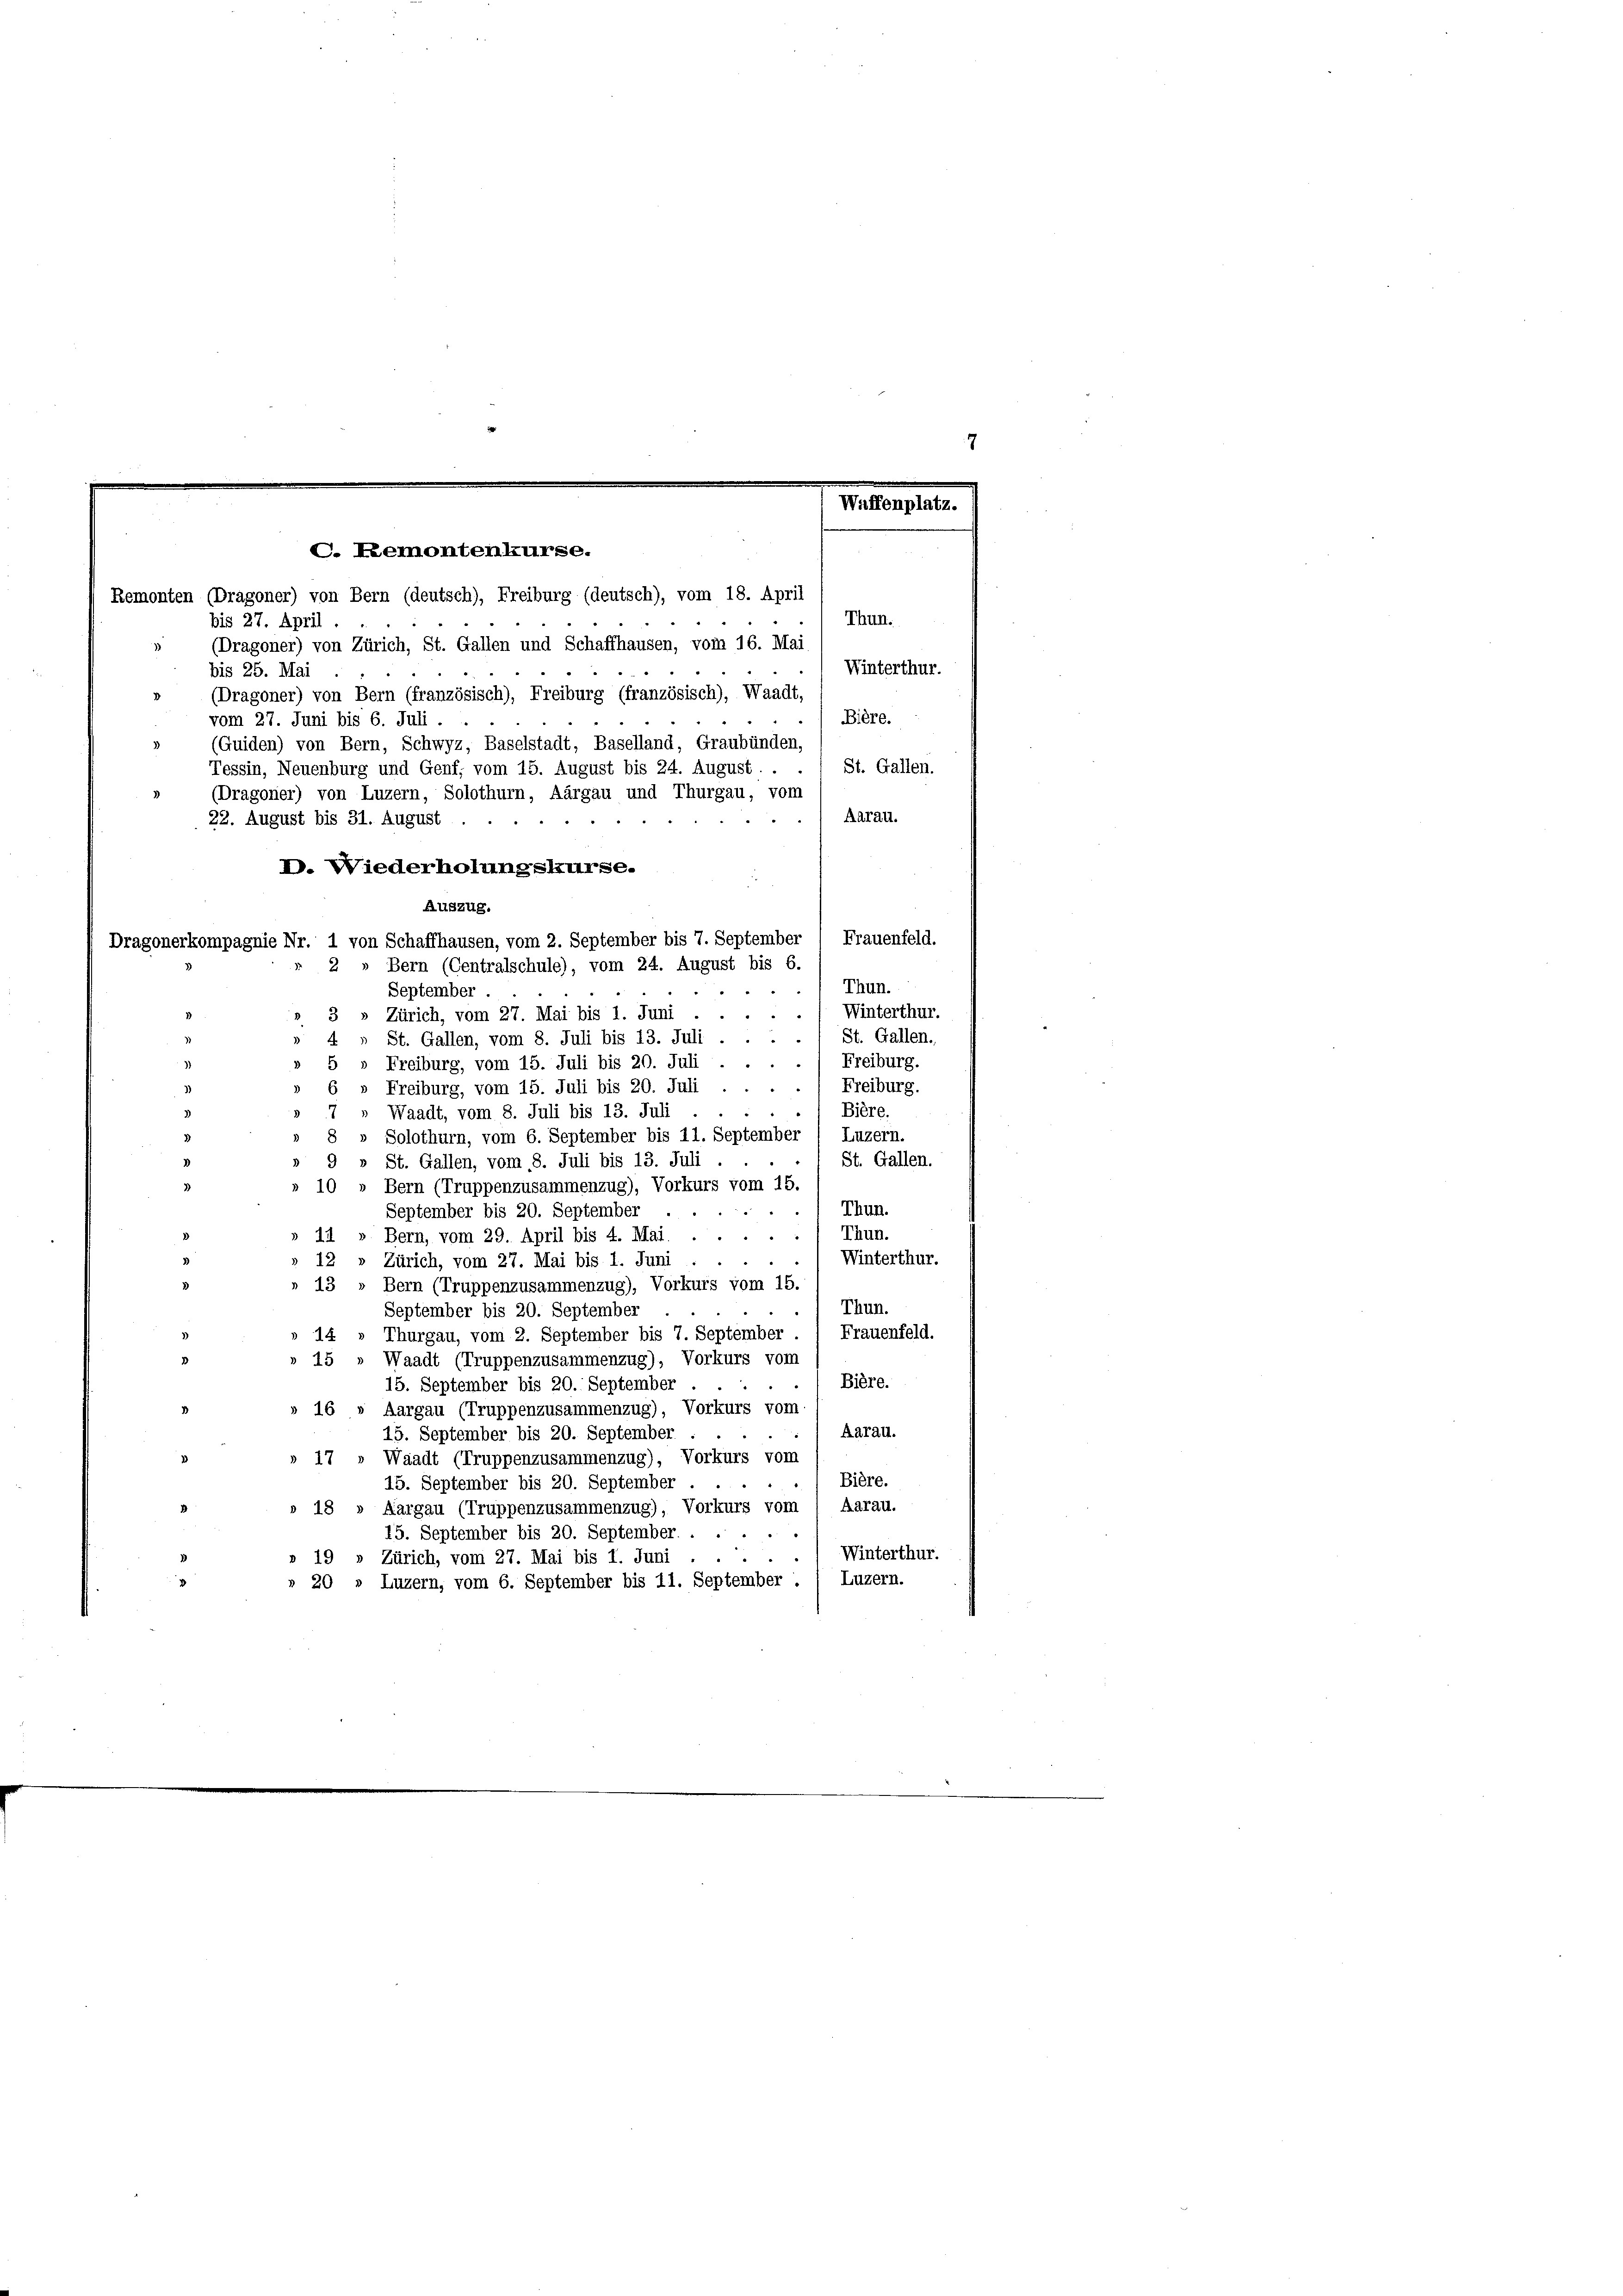
C. Lemontenkurse.

Remonten (Dragoner) von Bern (deutsch), Freiburg (deutsch), vom 18. April
Thun.
bis 27. April
(Dragoner) von Zürich, St. Gallen und Schaffhausen, vom 16. Mai
Winterthur.
bis 25. Mai
(Dragoner) von Bern (französisch), Freiburg (französisch), Waadt,
Bière.
vom 27. Juni bis 6. Juli.
(Guiden) von Bern, Schwyz, Baselstadt, Baselland, Graubünden,
St. Gallen.
Tessin, Neuenburg und Genf, vom 15. August bis 24. August.
(Dragoner) von Luzern, Solothurn, Aargau und Thurgau, vom
Aarau.
22. August bis 31. August
D. Wiederholungskurse.
Auszug.
Frauenfeld.
Dragonerkompagnie Nr. 1 von Schaffhausen, vom 2. September bis 7. September
 2 » Bern (Centralschule), vom 24. August bis 6.
Thun.
.
September.
Winterthur.
3
3 » Zürich, vom 27. Mai bis 1. Juni
1 St. Gallen.
4
St. Gallen, vom 8. Juli bis 13. Juli
Freiburg.
5 » Freiburg, vom 15. Juli bis 20. Juli
Freiburg.
i
6 » Freiburg, vom 15. Juli bis 20. Juli
Bière.
7 » Waadt, vom 8. Juli bis 13. Juli
» 8 » Solothurn, vom 6. September bis 11. September 1 Luzern.
St. Gallen.
» 9 » St. Gallen, vom 8. Juli bis 13. Juli
10 » Bern (Truppenzusammenzug), Vorkurs vom 15.
 Thun.
September bis 20. September
Thun.
 4
14 » Bern, vom 29. April bis 4. Mai.
Winterthur.
12 » Zürich, vom 27. Mai bis 1. Juni
13 » Bern (Truppenzusammenzug), Vorkurs vom 15.
Thun.
September bis 20. September
Thurgau, vom 2. September bis 7. September / Frauenfeld.
14
15 » Waadt (Truppenzusammenzug), Vorkurs vom
Bière.
15. September bis 20. September
16 » Aargau (Truppenzusammenzug), Vorkurs vom
Aarau.
15. September bis 20. September
» 17 » Waadt (Truppenzusammenzug), Vorkurs vom
Bière.
15. September bis 20. September
» 18 » Aargau (Truppenzusammenzug), Vorkurs vom 1 Aarau.
15. September bis 20. September.
Winterthur.
d
19 » Zürich, vom 27. Mai bis 1. Juni
Luzern.
 20 „ Luzern, vom 6. September bis 11. September.